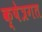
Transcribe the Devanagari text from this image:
क्षेत्रगत